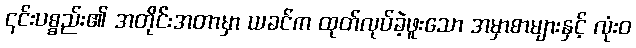
၎င်းပစ္စည်း၏ အတိုင်းအတာမှာ ယခင်က ထုတ်လုပ်ခဲ့ဖူးသော အမှာစာများနှင့် လုံးဝ